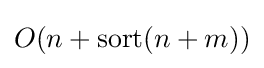
O(n+\operatorname {sort} (n+m))